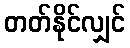
တတ်နိုင်လျှင်